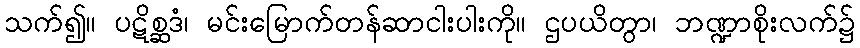
သက်၍။ ပဋိစ္ဆဒံ၊ မင်းမြောက်တန်ဆာငါးပါးကို။ ဌပယိတွာ၊ ဘဏ္ဍာစိုးလက်၌